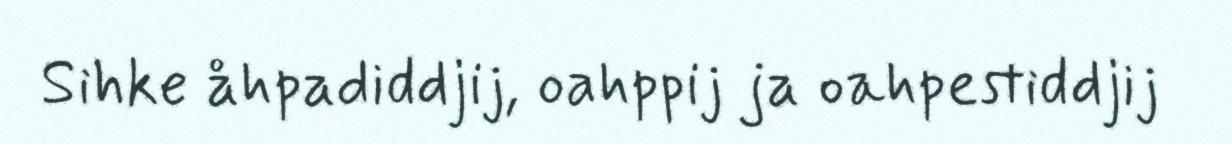
Sihke åhpadiddjij, oahppij ja oahpestiddjij